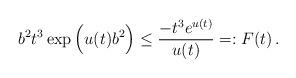
LaTeX: \begin{align*} b^2t^3\exp\Big(u(t)b^2\Big)\le \frac{-t^3e^{u(t)}}{u(t)}=:F(t)\,. \end{align*}